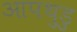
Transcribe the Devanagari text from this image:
आपथुडु